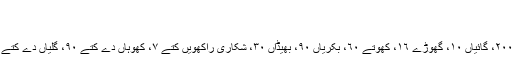
"
ڈنگر مالگِنتی (لگبھگ) (١٩٤٦)
مجھّاں ٤٠٠، کٹّے کٹّیاں ٣٠٠، جھوٹے ٥٠، بلد ٢٠٠، گائیاں ١٠، گھوڑے ١٦، کھوتے ٦٠، بکریاں ٩٠، بھیڈاں ٣٠، شکاری راکھویں کُتے ٧، کھوہاں دے کُتے ٩٠، گلیاں دے کُتے ٥٠، کھوہاں تے بِلیاں ٥٠، گھراں دِیاں بِلیاں ٣٠۔